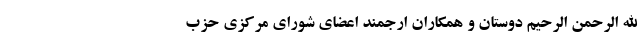
الله الرحمن الرحیم دوستان و همکاران ارجمند اعضای شورای مرکزی حزب